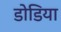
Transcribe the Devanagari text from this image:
डोडिया